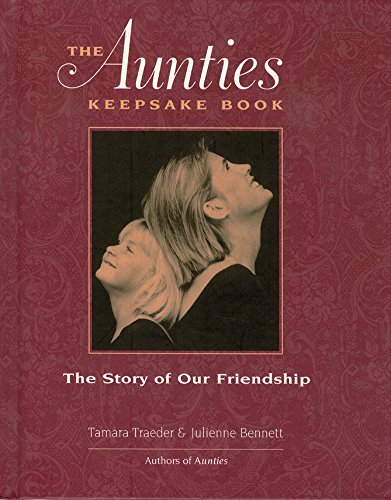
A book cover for The Aunties Keepsake Book: The Story of Our Friendship; Tamara Traeder; Parenting & Relationships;